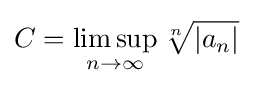
C=\limsup _{n\rightarrow \infty }{\sqrt[{n}]{|a_{n}|}}